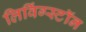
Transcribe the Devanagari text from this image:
लिविंग्स्टॉन